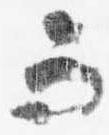
而